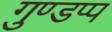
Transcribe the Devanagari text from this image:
गुण्डप्प